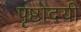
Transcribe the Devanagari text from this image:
पृष्ठोदयी